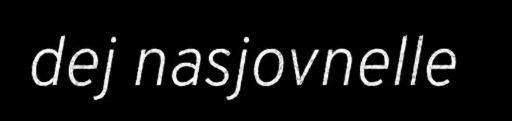
dej nasjovnelle